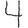
Digit: 4